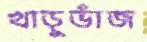
খাড়ুভাঁজ